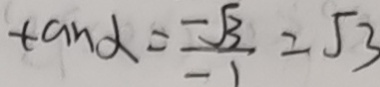
\tan \alpha = \frac { - \sqrt { 3 } } { - 1 } = \sqrt { 3 }